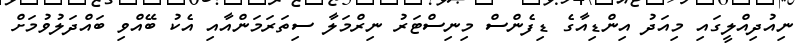
ނިއުދިއްލީގައި މިއަދު އިންޑިއާގެ ޑިފެންސް މިނިސްޓަރު ނިރްމަލާ ސިތަރަމަންއާއި އެކު ބޭއްވި ބައްދަލުވުމަށް